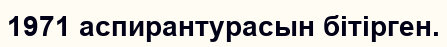
1971 аспирантурасын бітірген.